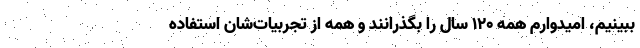
ببینیم، امیدوارم همه ۱۲۰ سال را بگذرانند و همه از تجربیات‌شان استفاده